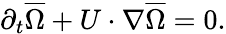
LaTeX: \partial_{t}\overline{{\Omega}}+U\cdot\nabla\overline{{\Omega}}=0.